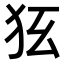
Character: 𤝃